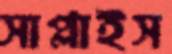
সাপ্লাইস